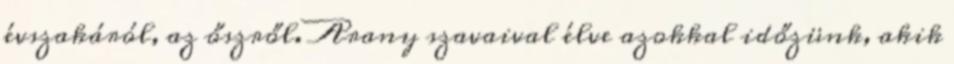
évszakáról, az őszről. Arany szavaival élve azokkal időzünk, akik